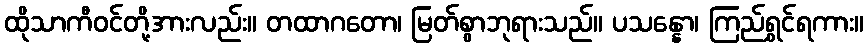
ထိုသာကီဝင်တို့အားလည်း။ တထာဂတော၊ မြတ်စွာဘုရားသည်။ ပသန္နော၊ ကြည်ရွှင်ရကား။